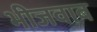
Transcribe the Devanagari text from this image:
भीजवाब